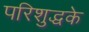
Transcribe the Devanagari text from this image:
परिशुद्धके